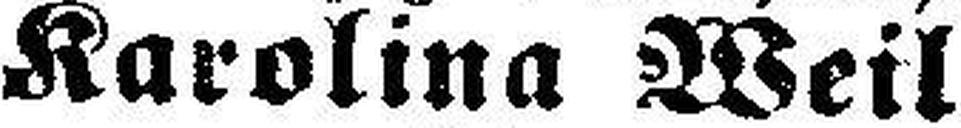
Karolina Weil